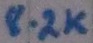
Text: 8.2K